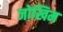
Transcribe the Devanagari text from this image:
जोखिम